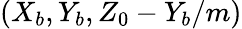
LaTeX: \left(X_{b},Y_{b},Z_{0}-Y_{b}/m\right)